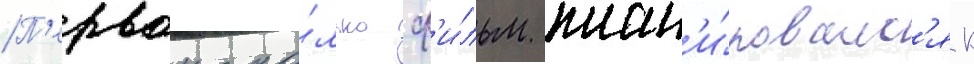
П'ервонача́льно ф'и́льм план'и́ровалс'я к